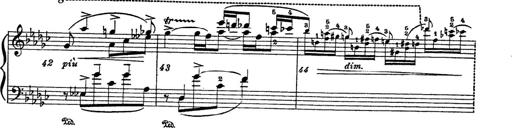
Title: 6 Polish Songs
Composer: Franz Liszt